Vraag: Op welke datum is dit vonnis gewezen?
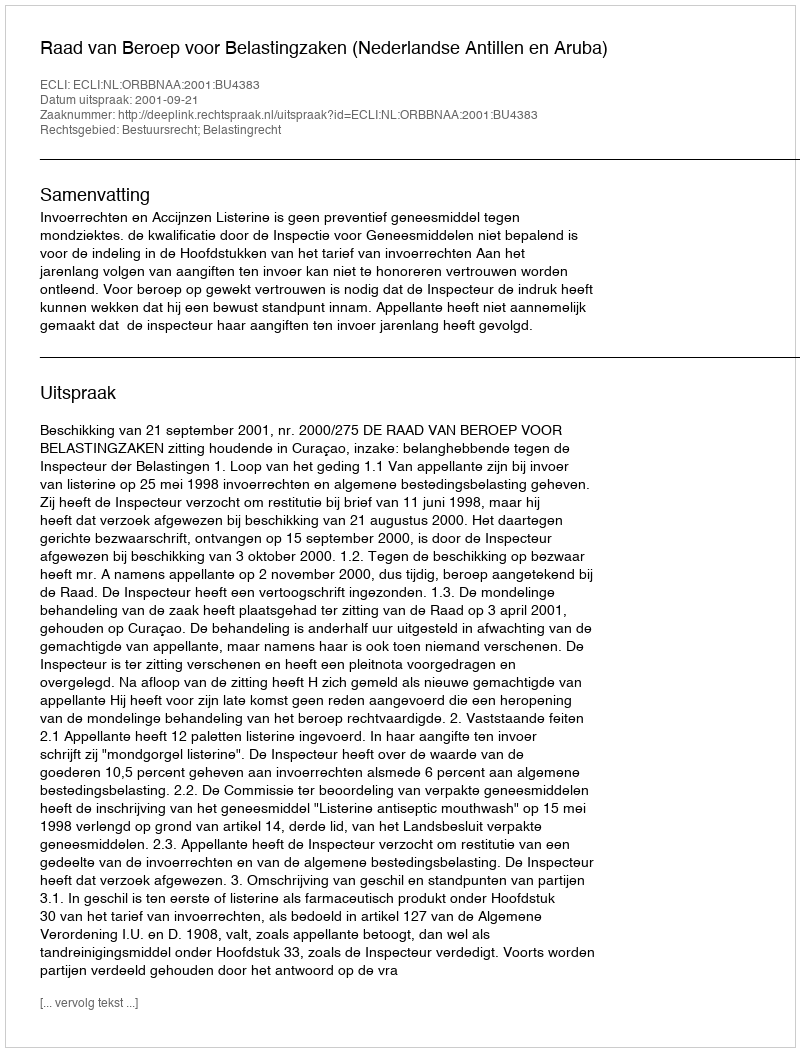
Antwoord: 2001-09-21